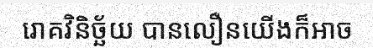
រោគវិនិច្ឆ័យ បានលឿនយើងក៏អាច